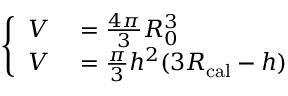
\left\{ \begin{array} { r l } { V } & { { } = \frac { 4 \pi } { 3 } R _ { 0 } ^ { 3 } } \\ { V } & { { } = \frac { \pi } { 3 } h ^ { 2 } ( 3 R _ { \mathrm { c a l } } - h ) } \end{array} \right.